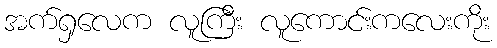
အက်ရှလေက လူကြီး လူကောင်းကလေးကိုး